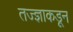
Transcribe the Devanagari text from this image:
तज्‍ज्ञाकडून